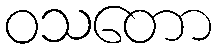
ဝသတော